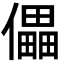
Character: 儡